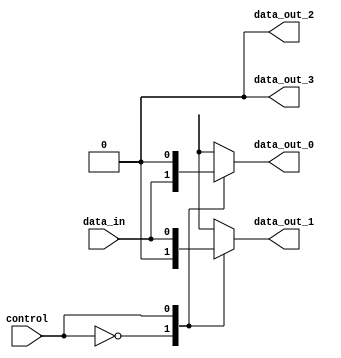
module Demultiplexer(
    input wire control,
    input wire data_in,
    output reg data_out_0,
    output reg data_out_1,
    output reg data_out_2,
    output reg data_out_3
);

always @ (control, data_in)
begin
    case (control)
        2'b00: begin
            data_out_0 = data_in;
            data_out_1 = 1'b0;
            data_out_2 = 1'b0;
            data_out_3 = 1'b0;
        end
        2'b01: begin
            data_out_0 = 1'b0;
            data_out_1 = data_in;
            data_out_2 = 1'b0;
            data_out_3 = 1'b0;
        end
        2'b10: begin
            data_out_0 = 1'b0;
            data_out_1 = 1'b0;
            data_out_2 = data_in;
            data_out_3 = 1'b0;
        end
        2'b11: begin
            data_out_0 = 1'b0;
            data_out_1 = 1'b0;
            data_out_2 = 1'b0;
            data_out_3 = data_in;
        end
        default: begin
            data_out_0 = 1'b0;
            data_out_1 = 1'b0;
            data_out_2 = 1'b0;
            data_out_3 = 1'b0;
        end
    endcase
end

endmodule